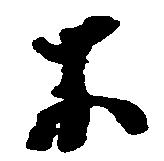
不